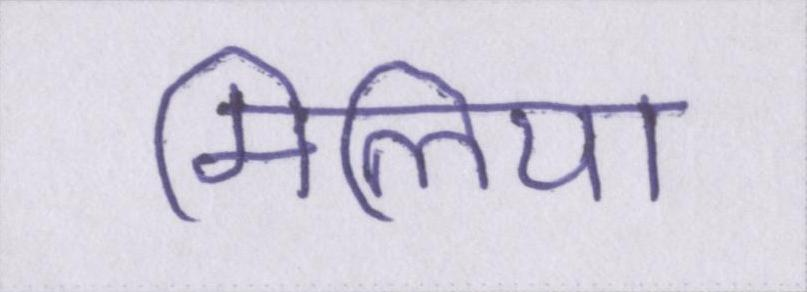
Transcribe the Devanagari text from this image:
मिलिया